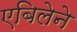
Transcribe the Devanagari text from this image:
एबिलेने